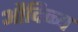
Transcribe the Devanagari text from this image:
औदिच्च्य